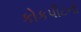
કોકપીટનો